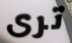
ترى